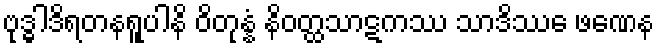
ဗုဒ္ဓါဒိရတနရူပါနိ ဝိတုန္နံ နိဝတ္ထသာဋကဿ သာဒိဿေ ဖဏေန